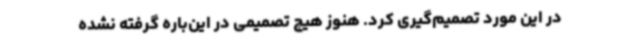
در این مورد تصمیم‌گیری کرد. هنوز هیچ تصمیمی در این‌باره گرفته نشده